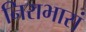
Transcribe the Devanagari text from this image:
निराभासं